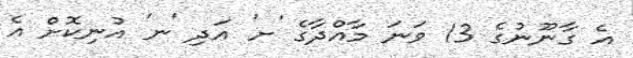
އެ ގާނޫނުގެ 13 ވަނަ މާއްދާގެ 'ށ' އަދި 'ނ' އުނިކޮށް އެ